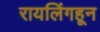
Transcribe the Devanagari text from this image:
रायलिंगहून